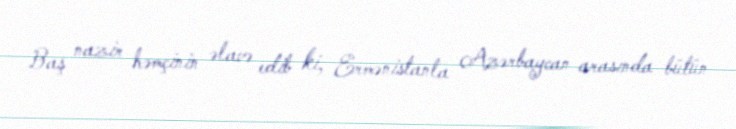
Baş nazir həmçinin əlavə edib ki, Ermənistanla Azərbaycan arasında bütün